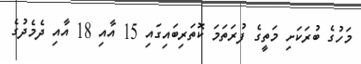
މަހުގެ ބުރަކަށި މަތީގެ ފުރަތަމަ ކޮތަރިބައިގައި 15 އާއި 18 އާއި ދެމެދުގެ